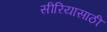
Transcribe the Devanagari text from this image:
सीरियासाठी